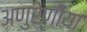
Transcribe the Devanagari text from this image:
अणुरेणीया